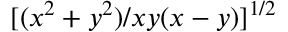
[ ( x ^ { 2 } + y ^ { 2 } ) / x y ( x - y ) ] ^ { 1 / 2 }